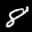
Label: 8